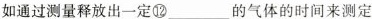
如通过测量释放出一定⑫___的气体的时间来测定